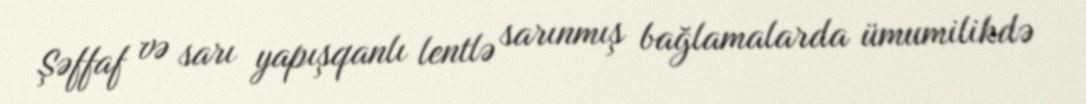
Şəffaf və sarı yapışqanlı lentlə sarınmış bağlamalarda ümumilikdə